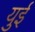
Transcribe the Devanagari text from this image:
युई